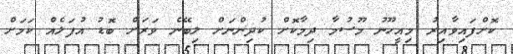
ކޮށްފައިވާއިރު މިއީހޫނު މޫސުމާ ދިމާކޮށް ކުދިންނަށް ލިބޭނެ ވަރަށް ބޮޑު އުފަލެއް ކަމަށް